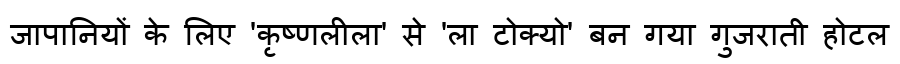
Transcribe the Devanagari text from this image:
जापानियों के लिए 'कृष्णलीला' से 'ला टोक्यो' बन गया गुजराती होटल